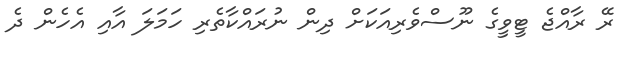
ރޭ ރާއްޖެ ޓީވީގެ ނޫސްވެރިއަކަށް ދިން ނުރައްކާތެރި ހަމަލަ އާއި އެހެން ދެ